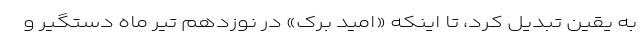
به یقین تبدیل کرد، تا اینکه «امید برک» در نوزدهم تیر ماه دستگیر و